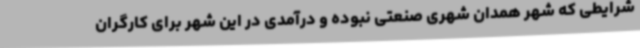
شرایطی که شهر همدان شهری صنعتی نبوده و درآمدی در این شهر برای کارگران